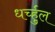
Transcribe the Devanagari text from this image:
धर्च्हुल